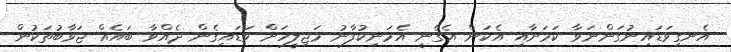
އެނގިވަޑައިނުގަންނަވާ ކަމަށާއި އެކަން އެގެނީ އެމަނިކުފާނު މަޖިލީހަށް ވަޑައިގެން ދެއްވާ ބައެއް ޖަވާބުތަކުން